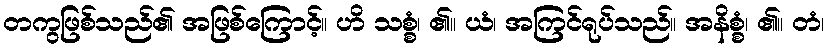
တကွဖြစ်သည်၏ အဖြစ်ကြောင့်။ ဟိ သစ္စံ၊ ၏။ ယံ၊ အကြင်ရုပ်သည်။ အနိစ္စံ၊ ၏။ တံ၊